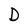
Character: D